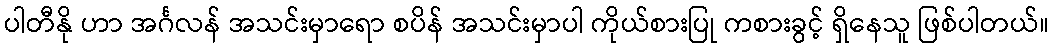
ပါတီနို ဟာ အင်္ဂလန် အသင်းမှာရော စပိန် အသင်းမှာပါ ကိုယ်စားပြု ကစားခွင့် ရှိနေသူ ဖြစ်ပါတယ်။